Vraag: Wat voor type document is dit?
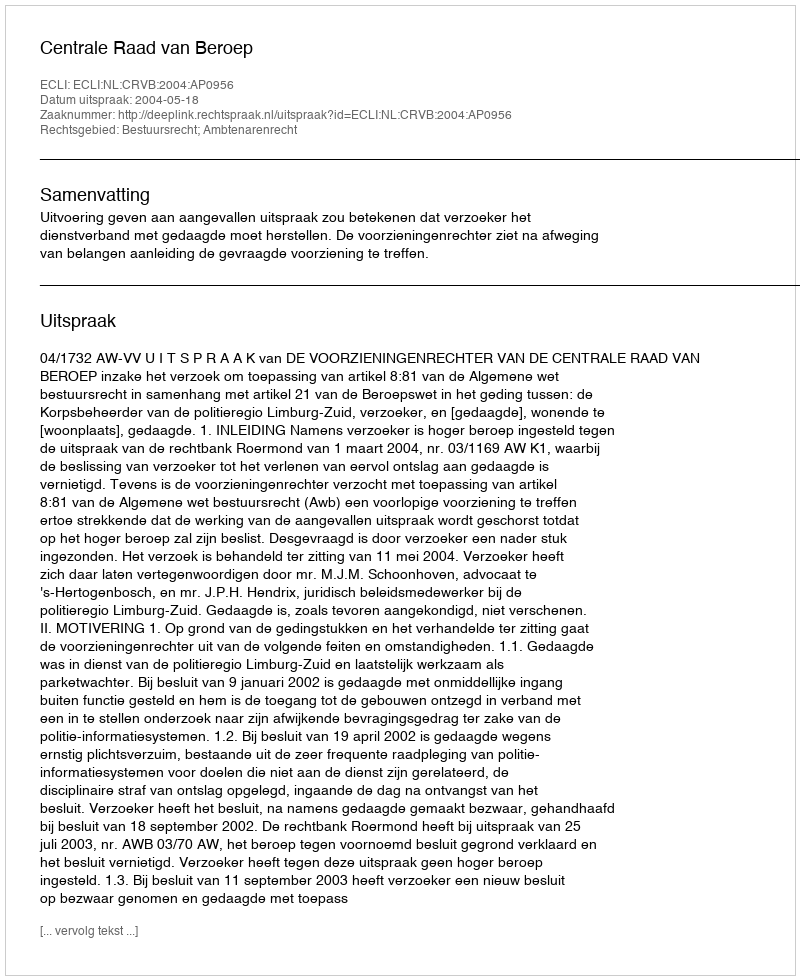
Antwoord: Uitspraak